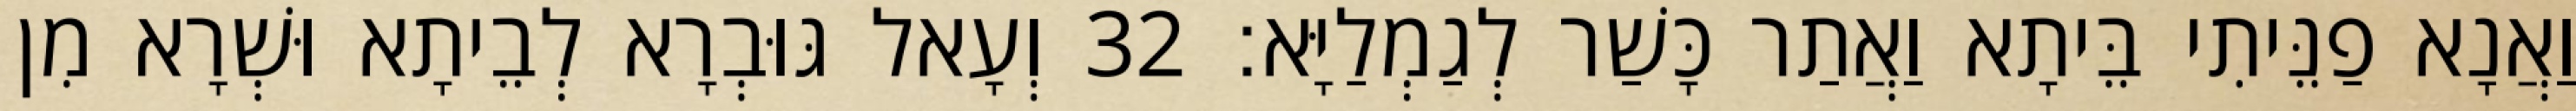
וַאֲנָא פַנֵּיתִי בֵּיתָא וַאֲתַר כָּשַׁר לְגַמְלַיָּא׃ 32 וְעָאל גּוּבְרָא לְבֵיתָא וּשְׁרָא מִן